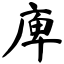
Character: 庳